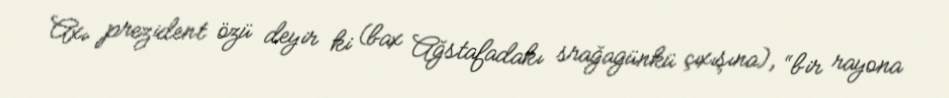
Axı prezident özü deyir ki (bax Ağstafadakı srağagünkü çıxışına), “bir rayona